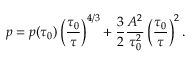
p = p ( \tau _ { 0 } ) \left( \frac { \tau _ { 0 } } { \tau } \right) ^ { { 4 } / { 3 } } + \frac { 3 } { 2 } \frac { A ^ { 2 } } { \tau _ { 0 } ^ { 2 } } \left( \frac { \tau _ { 0 } } { \tau } \right) ^ { 2 } .